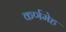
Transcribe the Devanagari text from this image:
कर्णमेह